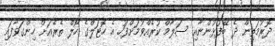
ދޮރުމަތިން ދެ ބޭފުޅުންނާއި ސަލާމް ކުރެއްވުމަށްފަހު އެ ހޮޓަލްގެ ހޯލް ތެރެއަށް ހިންގަވާފައި